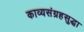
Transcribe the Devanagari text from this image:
काव्यसंग्रहसुद्धा